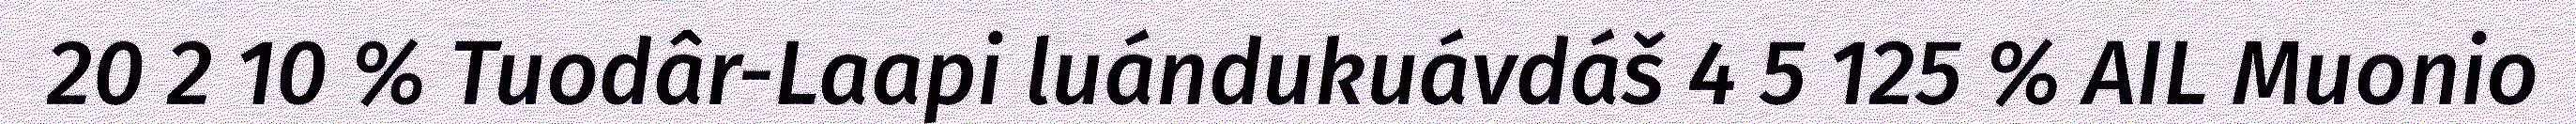
20 2 10 % Tuodâr-Laapi luándukuávdáš 4 5 125 % AIL Muonio